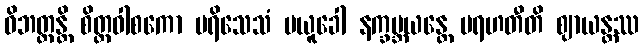
ဝိဘတ္တန္တိ စိတ္တဝါစကော ပရိသေသံ မယူခေါ နက္ခမ္ဘယန္တေ မရဟတီတိ ဈာယန္တဿ